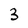
Character: 3